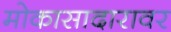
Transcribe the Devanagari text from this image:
मोकासादारावर